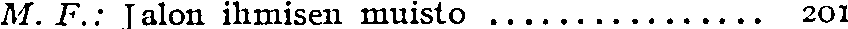
M. F.: Jalon ihmisen muisto ................ 201